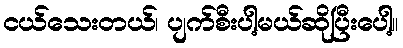
ငယ်သေးတယ်၊ ပျက်စီးပါ့မယ်ဆိုပြီးပေါ့။